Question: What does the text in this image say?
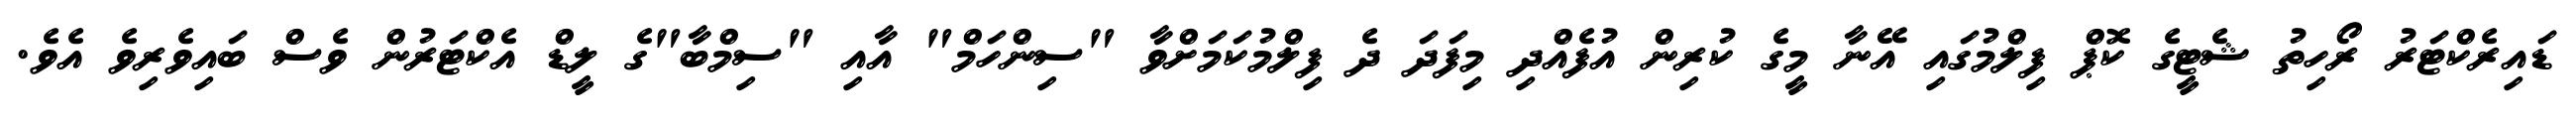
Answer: ޑައިރެކްޓަރު ރޯހިތު ޝެޓީގެ ކޮޕް ފިލްމުގައި އޭނާ މީގެ ކުރިން އުފެއްދި މިފަދަ ދެ ފިލްމުކަމަށްވާ "ސިންހަމް" އާއި "ސިމްބާ"ގެ ލީޑް އެކްޓަރުން ވެސް ބައިވެރިވެ އެވެ.